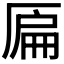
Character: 𠪂